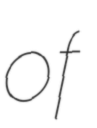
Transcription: of